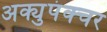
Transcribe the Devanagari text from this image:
अक्युपंक्चर